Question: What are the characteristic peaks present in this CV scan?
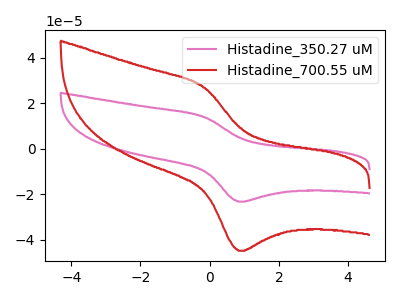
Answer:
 <answer>The pink curve "Histadine_350.27 uM" has an anodic peak at (-0.15V, 13.95uA) and a cathodic peak at (0.85V, -23.25uA). The red curve "Histadine_700.55 uM" has an anodic peak at (-0.15V, 26.95uA) and a cathodic peak at (0.85V, -44.90uA).</answer>
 <eval></eval>